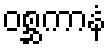
ဝစ္ဆကာနံ